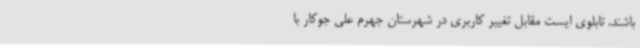
باشند. تابلوی ایست مقابل تغییر کاربری در شهرستان جهرم علی جوکار با